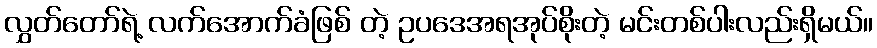
လွှတ်တော်ရဲ့ လက်အောက်ခံဖြစ် တဲ့ ဥပဒေအရအုပ်စိုးတဲ့ မင်းတစ်ပါးလည်းရှိမယ်။